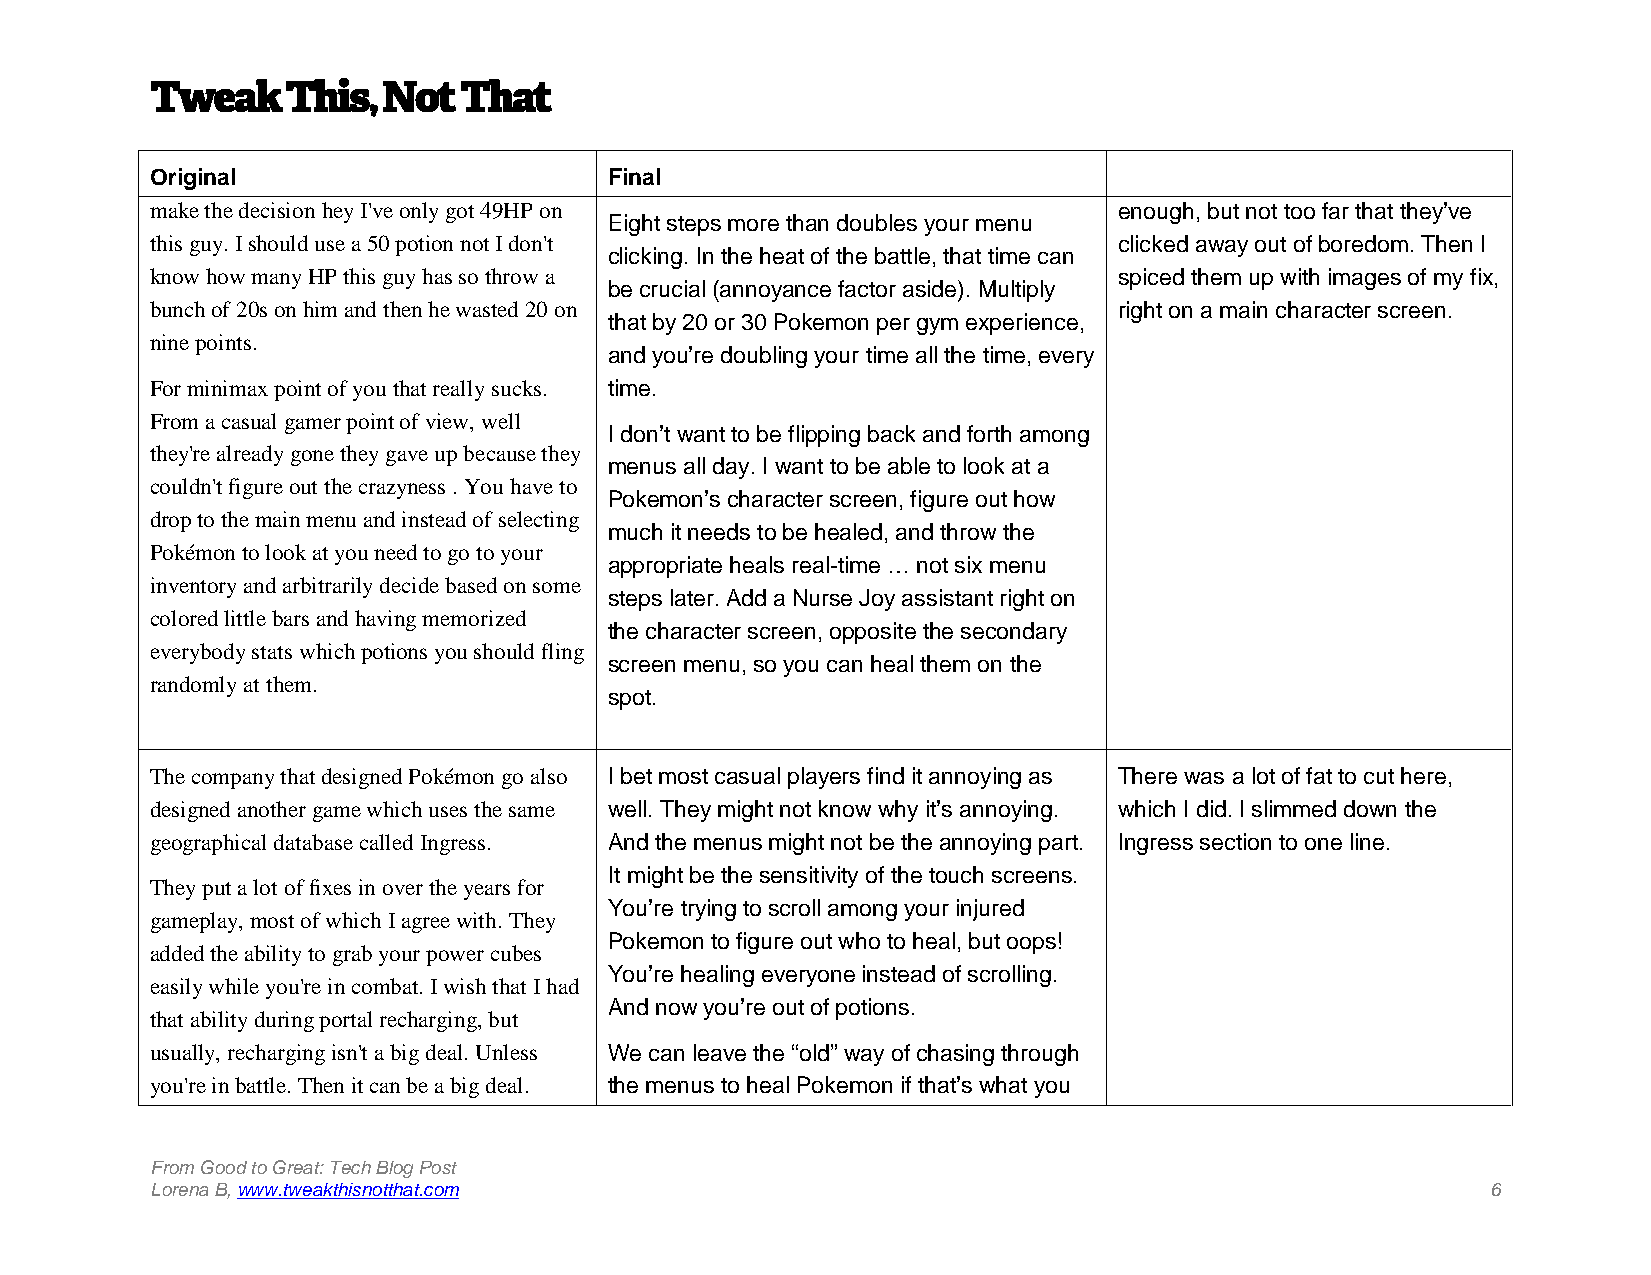
TweakThis,     Not  That
 Original                      Final
 make the decision hey I've only got 49HP on                     enough, but not too far that they’ve
 Eight steps more than doubles your menu
 this guy. Ishould use a 50 potion not I don't                   clicked away out of boredom. Then I
 clicking. In the heat of the battle, that time can
 know how many HP this guy has so throw a                        spiced them up with images of my fix,
 be crucial (annoyance factor aside). Multiply
 bunch of 20s on him and then he wasted 20 on                    right on a main character screen.
 that by 20 or 30 Pokemon per gym experience,
 nine points.
 and you’re doubling your time all the time, every
 For minimax point of you that really sucks. time.
 From a casual gamer point of view, well
 I don’t want to be flipping back and forth among
 they're already gone they gave up because they
 menus all day. I want to be able to look at a
 couldn't figure out the crazyness . You have to
 Pokemon’s character screen, figure out how
 drop to the main menu and instead of selecting
 much it needs to be healed, and throw the
 Pokémon to look at you need to go to your
 appropriate heals real-time … not six menu
 inventory and arbitrarily decide based on some
 steps later. Add a Nurse Joy assistant right on
 colored little bars and having memorized
 the character screen, opposite the secondary
 everybody stats whichpotions you should fling
 screen menu, so you can heal them on the
 randomly at them.
 spot.
 The company that designed Pokémon go also I bet most casual players find it annoying as There was a lot of fat to cut here,
 designed another game which uses the same well. They might not know why it’s annoying. which I did. I slimmed down the
 geographical database called Ingress. And the menus might not be the annoying part. Ingress section to one line.
 It might be the sensitivity of the touch screens.
 They put a lot offixes in over the years for
 You’re trying to scroll among your injured
 gameplay, most of which I agree with. They
 Pokemon to figure out who to heal, but oops!
 added the ability to grab your power cubes
 You’re healing everyone instead of scrolling.
 easily while you're in combat. I wish that I had
 And now you’re out of potions.
 that ability during portal recharging, but
 usually, recharging isn't a big deal. Unless We can leave the “old” way of chasing through
 you're in battle. Then it can be a big deal. the menus to heal Pokemon if that’s what you
 From Good to Great: Tech Blog Post
 Lorena B,www.tweakthisnotthat.com                                                        6